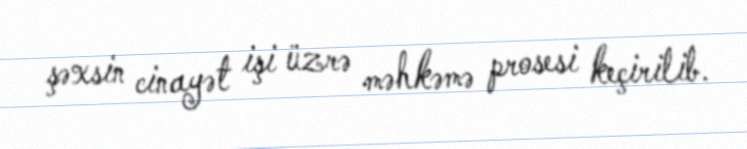
şəxsin cinayət işi üzrə məhkəmə prosesi keçirilib.